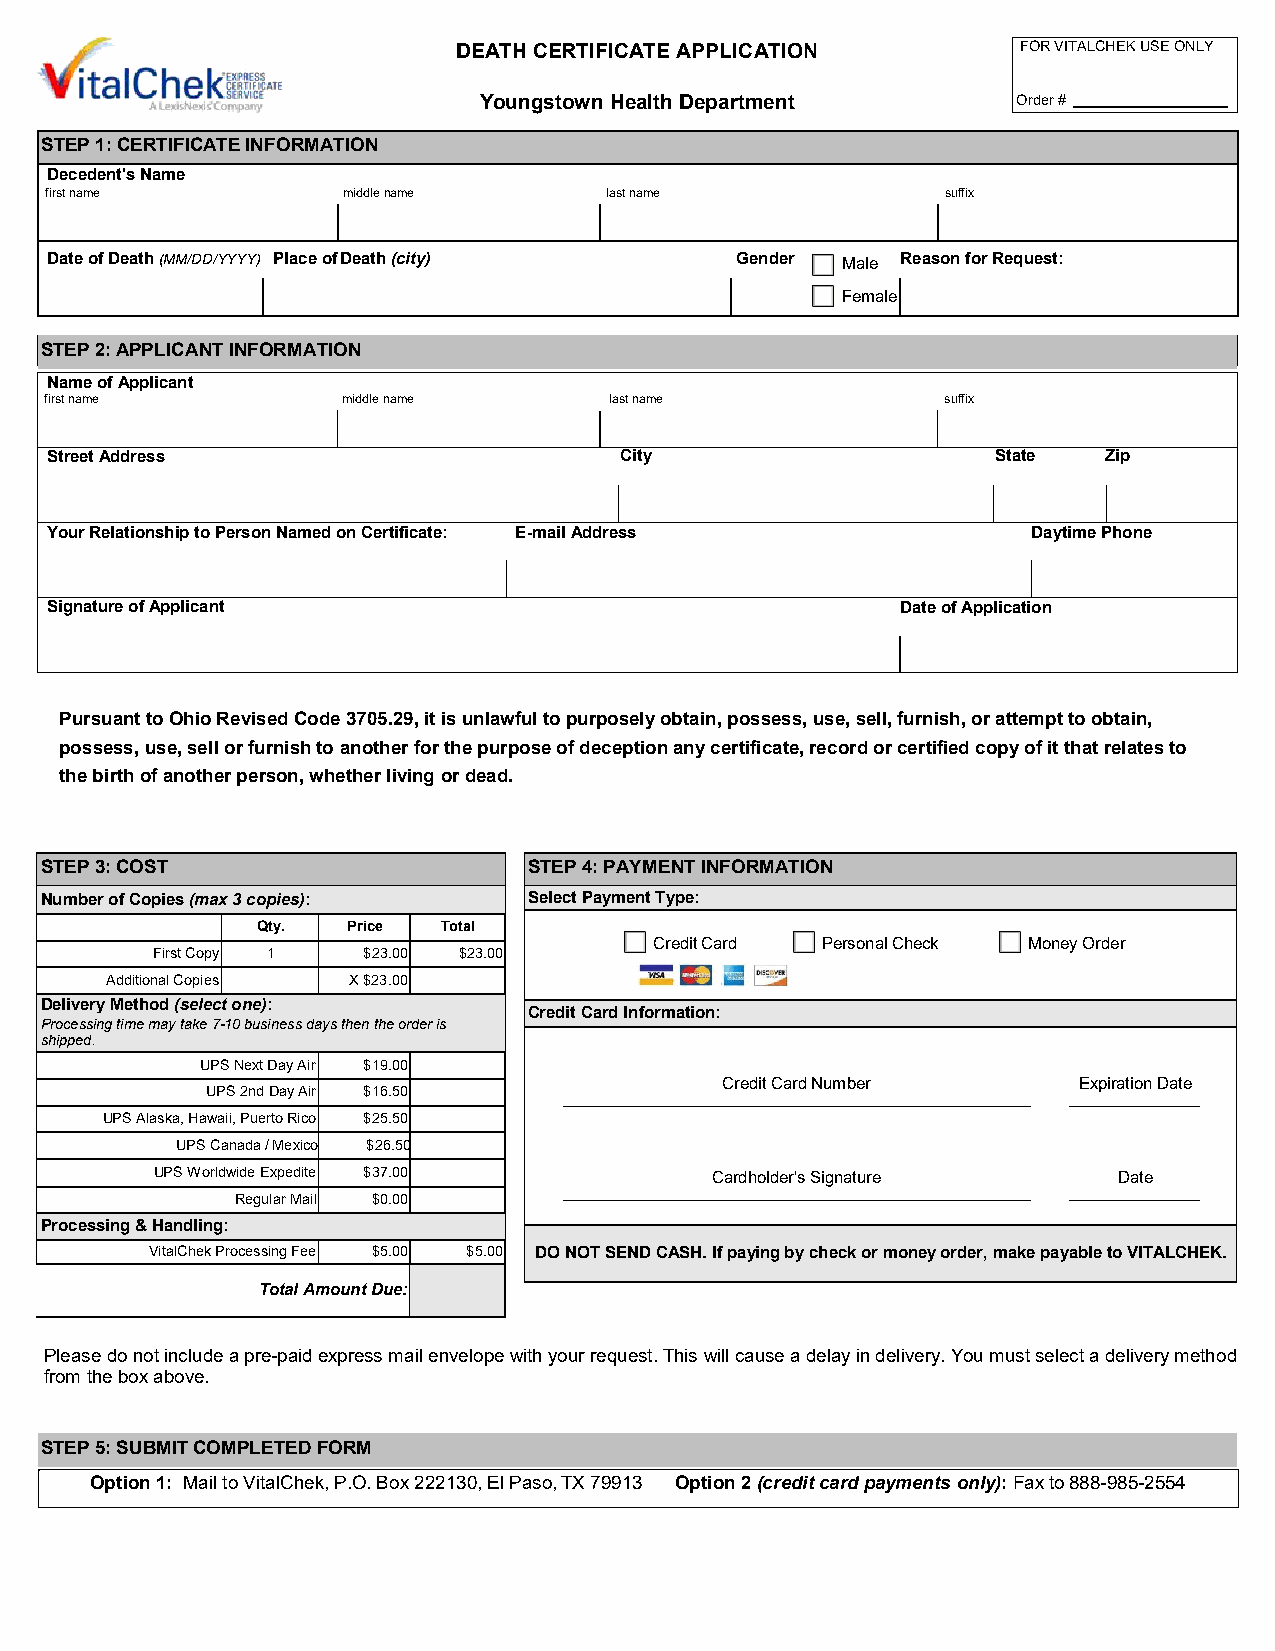
DEATH CERTIFICATE APPLICATION         FOR VITALCHEK USE ONLY
 Youngstown Health Department       Order #
 STEP 1: CERTIFICATE INFORMATION
 Decedent's Name
 first name          middle name      last name              suffix
 Date of Death (MM/DD/YYYY) Place of Death (city) Gender Male Reason for Request:
 Female
 STEP 2: APPLICANT INFORMATION
 Name of Applicant
 first name          middle name      last name              suffix
 Street Address                        City                     State  Zip
 Your Relationship to Person Named on Certificate: E-mail Address Daytime Phone
 Signature of Applicant                                   Date of Application
 Pursuant to Ohio Revised Code 3705.29, it is unlawful to purposely obtain, possess, use, sell, furnish, or attempt to obtain,
 possess, use, sell or furnish to another for the purpose of deception any certificate, record or certified copy of it that relates to
 the birth of another person, whether living or dead.
 STEP 3: COST                    STEP 4: PAYMENT INFORMATION
 Number of Copies (max 3 copies): Select Payment Type:
 Qty.  Price Total
 Credit Card Personal Check Money Order
 First Copy 1  $23.00 $23.00
 Additional Copies X $23.00
 Delivery Method (select one):
 Credit Card Information:
 Processing time may take 7-10 business days then the order is
 shipped.
 UPS Next Day Air $19.00
 UPS 2nd Day Air $16.50
 Credit Card Number     Expiration Date
 UPS Alaska, Hawaii, Puerto Rico $25.50
 UPS Canada / Mexico $26.50
 UPS Worldwide Expedite $37.00        Cardholder's Signature     Date
 Regular Mail $0.00
 Processing & Handling:
 VitalChek Processing Fee $5.00 $5.00 DO NOT SEND CASH. If paying by check or money order, make payable to VITALCHEK.
 Total Amount Due:
 Please do not include a pre-paid express mail envelope with your request. This will cause a delay in delivery. You must select a delivery method
 from the box above.
 STEP 5: SUBMIT COMPLETED FORM
 Option 1: Mail to VitalChek, P.O. Box 222130, El Paso, TX 79913 Option 2 (credit card payments only): Fax to 888-985-2554